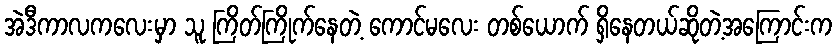
အဲဒီကာလကလေးမှာ သူ ကြိတ်ကြိုက်နေတဲ့ ကောင်မလေး တစ်ယောက် ရှိနေတယ်ဆိုတဲ့အကြောင်းက